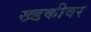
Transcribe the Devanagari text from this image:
ख्डकीवर